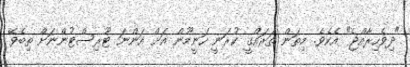
"ދިވެހިރާއްޖެ" އެކެވެ. މިތަން ތަރައްގީ ކުރަނީ ހަނީމޫން އަށް އަންނަ ޓޫރިސްޓުންނަށް ތިބެވޭ